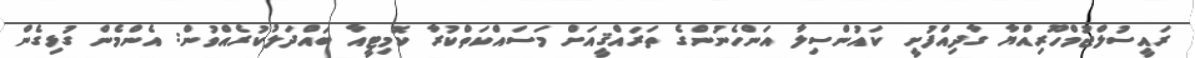
ރައީސުލްޖުމްހޫރިއްޔާ ގާދިއްފުށީ ކައުންސިިލާ އަންހެނުންގެ ތަރައްޤީއަށް މަސައްކަތްކުރާ ކޮމިޓީއާ ބައްދަލުކުރެއްވުން: އެންމެން ގުޅިގެން